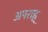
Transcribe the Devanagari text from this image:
अपराह्न्